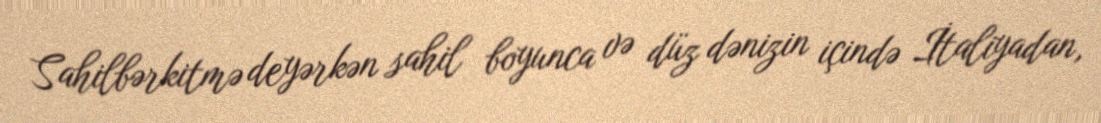
Sahilbərkitmə deyərkən sahil boyunca və düz dənizin içində İtaliyadan,